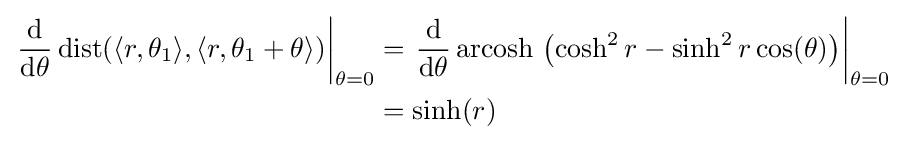
{\begin{aligned}\left.{\frac {\mathrm {d} }{\mathrm {d} {\theta }}}\operatorname {dist} (\langle r,\theta _{1}\rangle ,\langle r,\theta _{1}+\theta \rangle )\right|_{\theta =0}&=\left.{\frac {\mathrm {d} }{\mathrm {d} {\theta }}}\operatorname {arcosh} \,\left(\cosh ^{2}r-\sinh ^{2}r\cos(\theta )\right)\right|_{\theta =0}\\&=\sinh(r)\end{aligned}}